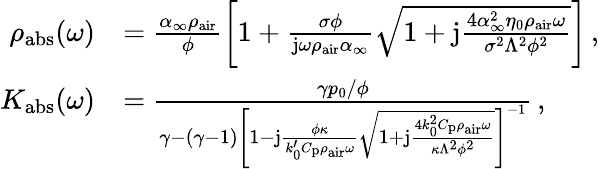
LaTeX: \begin{array}{rl}{\rho_{\mathrm{abs}}(\omega)}&{=\frac{\alpha_{\infty}\rho_{\mathrm{air}}}{\phi}\left[1+\frac{\sigma\phi}{\mathrm{j}\omega\rho_{\mathrm{air}}\alpha_{\infty}}\sqrt{1+\mathrm{j}\frac{4\alpha_{\infty}^{2}\eta_{0}\rho_{\mathrm{air}}\omega}{\sigma^{2}\Lambda^{2}\phi^{2}}}\right]\, ,}\\ {K_{\mathrm{abs}}(\omega)}&{=\frac{\gamma p_{0}/\phi}{\gamma-(\gamma-1)\left[1-\mathrm{j}\frac{\phi\kappa}{k_{0}^{\prime}C_{\mathrm{p}}\rho_{\mathrm{air}}\omega}\sqrt{1+\mathrm{j}\frac{4k_{0}^{2}C_{\mathrm{p}}\rho_{\mathrm{air}}\omega}{\kappa\Lambda^{2}\phi^{2}}}\right]^{-1}}\, ,}\end{array}